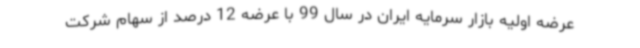
عرضه اولیه بازار سرمایه ایران در سال 99 با عرضه 12 درصد از سهام شرکت